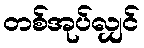
တစ်အုပ်လျှင်